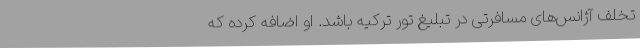
تخلف آژانس‌های مسافرتی در تبلیغ تور ترکیه باشد. او اضافه کرده که